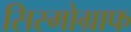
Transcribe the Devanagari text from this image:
सिस्मोग्राफ